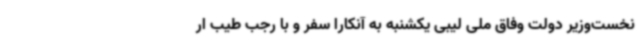
نخست‌وزیر دولت وفاق ملی لیبی یکشنبه به آنکارا سفر و با رجب طیب ار